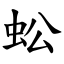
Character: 蚣